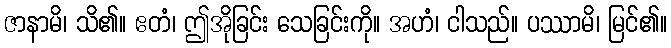
ဇာနာမိ၊ သိ၏။ ဧတံ၊ ဤအိုခြင်း သေခြင်းကို။ အဟံ၊ ငါသည်။ ပဿာမိ၊ မြင်၏။